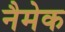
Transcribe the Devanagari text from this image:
नैमेक